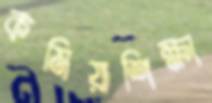
কমিয়াশিক্ষা